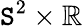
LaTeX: \mathtt{S}^{2}\times\mathbb{{R}}